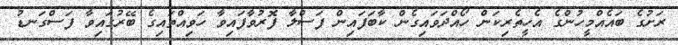
ރަށުގެ ބައެއްމީހުންގެ އެހީތެރިކަން ހޯއްދަވައިގެން ކާބަފައިން ފަސްލާ ފޮރުވާފައިވާ ހަވިއްތައިގެ ބޭރުގައިވާ ފަސްގަނޑު